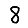
Digit: 8